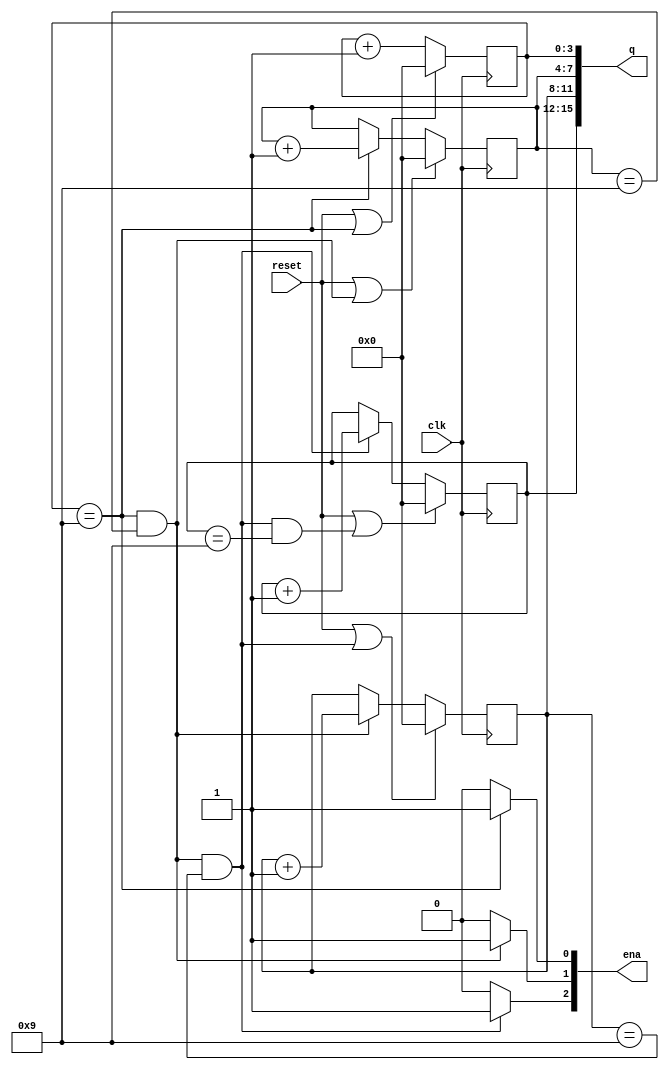
module top_module (
    input clk,
    input reset,   // Synchronous active-high reset
    output [3:1] ena,
    output [15:0] q);

    reg [3:0] w1, w10, w100, w1000; //weight
    always @(posedge clk) begin
        if (reset | w1==9)
            w1 <= 0;
        else
            w1 <= w1 + 1;
    end
    always @(posedge clk) begin
        if (reset | (w1==9&&w10==9) )
            w10 <= 0;
        else if (w1==9)
            w10 <= w10 + 1;
    end
    always @(posedge clk) begin
        if (reset | (w1==9&&w10==9&&w100==9) )
            w100 <= 0;
        else if (w1==9&&w10==9)
            w100 <= w100 + 1;
    end
    always @(posedge clk) begin
        if (reset | (w1==9&&w10==9&&w100==9&&w1000==9) )
            w1000 <= 0;
        else if (w1==9&&w10==9&&w100==9)
            w1000 <= w1000 + 1;
    end
    
    assign q = {w1000, w100, w10, w1};
    assign ena[1] = (w1==9)? 1:0;
    assign ena[2] = (w1==9&&w10==9)? 1:0;
    assign ena[3] = (w1==9&&w10==9&&w100==9)? 1:0;
endmodule